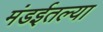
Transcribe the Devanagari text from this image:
मंडईतल्या